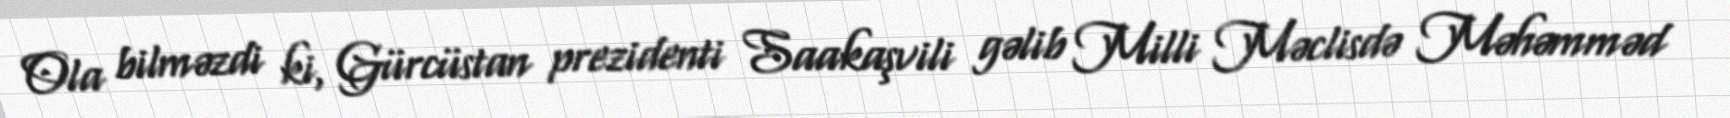
Ola bilməzdi ki, Gürcüstan prezidenti Saakaşvili gəlib Milli Məclisdə Məhəmməd